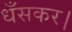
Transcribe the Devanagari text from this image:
धँसकर।